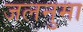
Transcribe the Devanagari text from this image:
जलनुमा